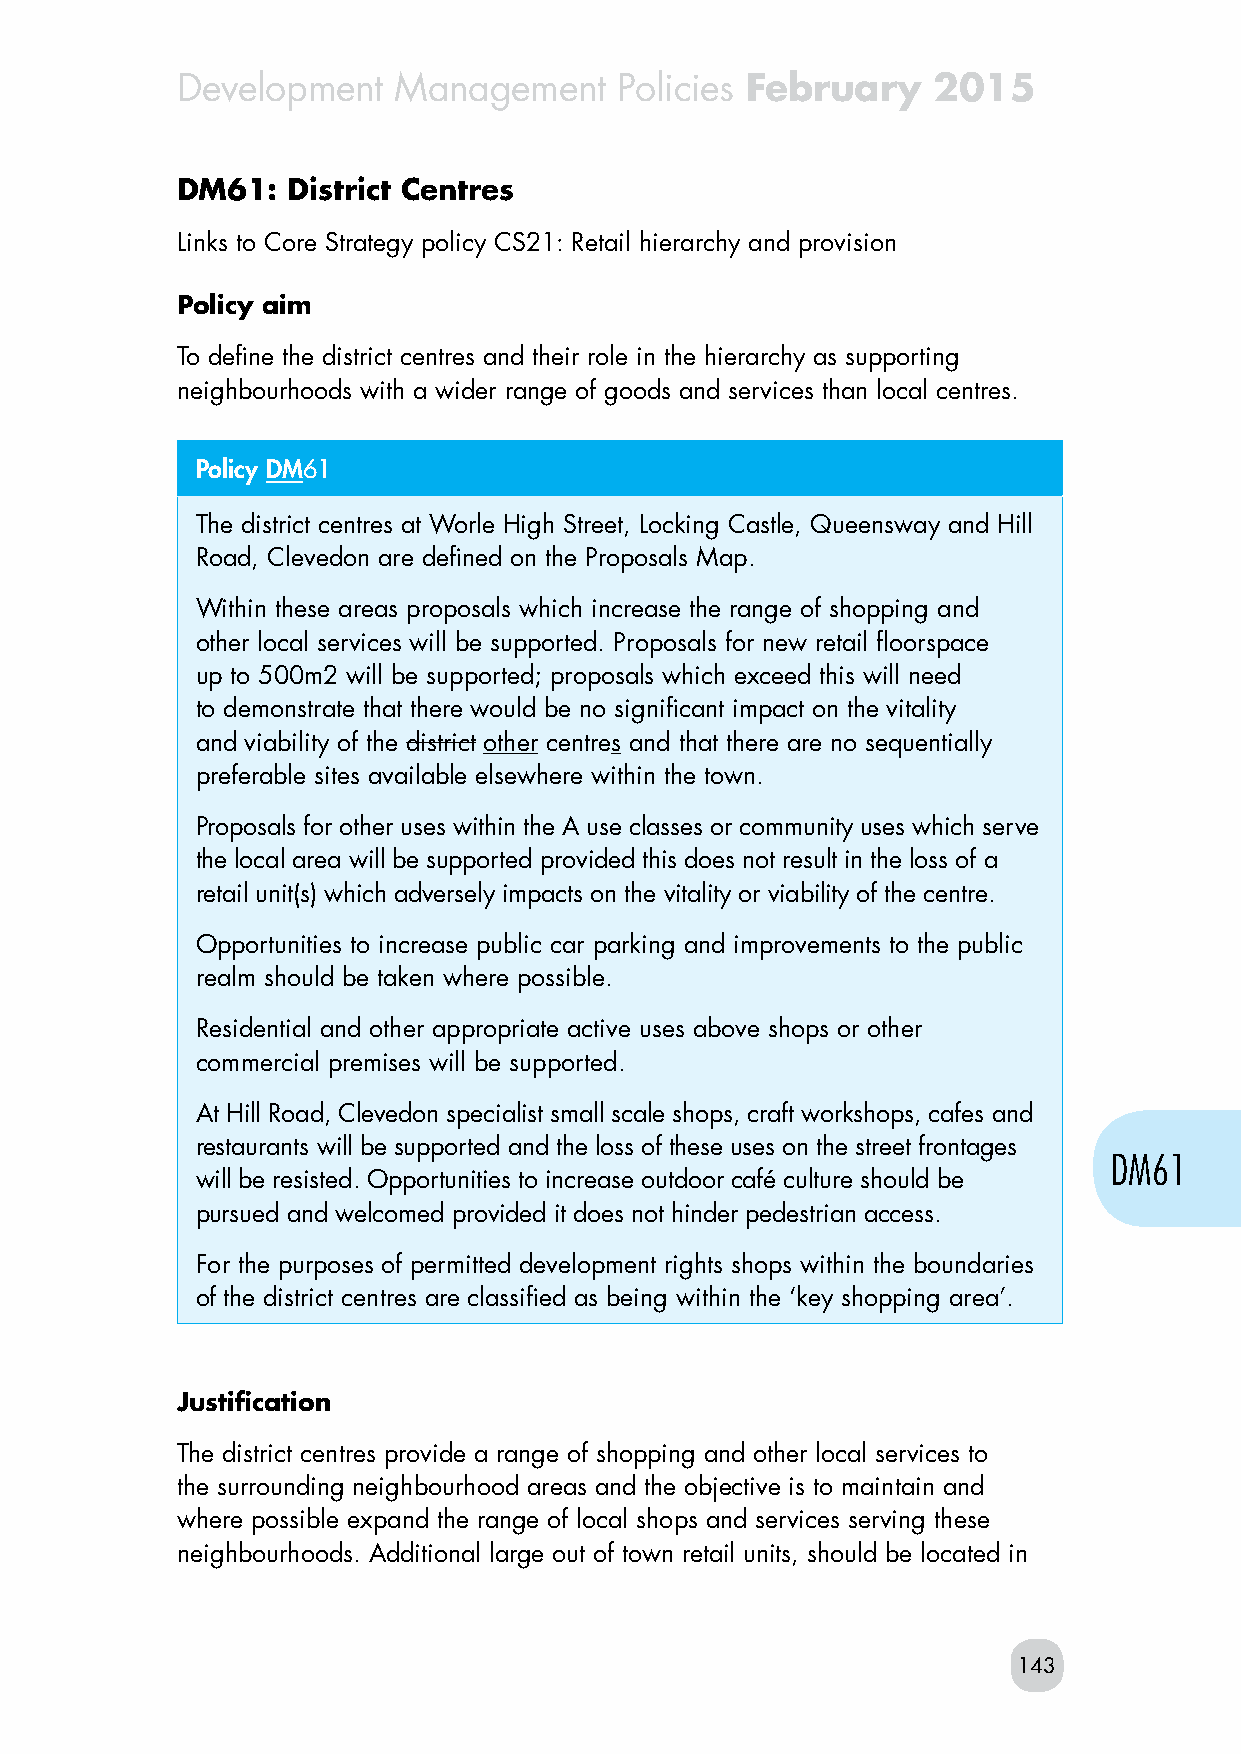
Development   Management     Policies February    2015
 DM61:  District Centres
 Links to Core Strategy policy CS21: Retail hierarchy and provision
 Policy aim
 To define the district centres and their role in the hierarchy as supporting
 neighbourhoods with a wider range of goods and services than local centres.
 Policy DM61
 The district centres at Worle High Street, Locking Castle, Queensway and Hill
 Road, Clevedon are defined on the Proposals Map.
 Within these areas proposals which increase the range of shopping and
 other local services will be supported. Proposals for new retail floorspace
 up to 500m2 will be supported; proposals which exceed this will need
 to demonstrate that there would be no significant impact on the vitality
 and viability of the district other centres and that there are no sequentially
 preferable sites available elsewhere within the town.
 Proposals for other uses within the A use classes or community uses which serve
 the local area will be supported provided this does not result in the loss of a
 retail unit(s) which adversely impacts on the vitality or viability of the centre.
 Opportunities to increase public car parking and improvements to the public
 realm should be taken where possible.
 Residential and other appropriate active uses above shops or other
 commercial premises will be supported.
 At Hill Road, Clevedon specialist small scale shops, craft workshops, cafes and
 restaurants will be supported and the loss of these uses on the street frontages
 DM61
 will be resisted. Opportunities to increase outdoor café culture should be
 pursued and welcomed provided it does not hinder pedestrian access.
 For the purposes of permitted development rights shops within the boundaries
 of the district centres are classified as being within the ‘key shopping area’.
 Justification
 The district centres provide a range of shopping and other local services to
 the surrounding neighbourhood areas and the objective is to maintain and
 where possible expand the range of local shops and services serving these
 neighbourhoods. Additional large out of town retail units, should be located in
 143